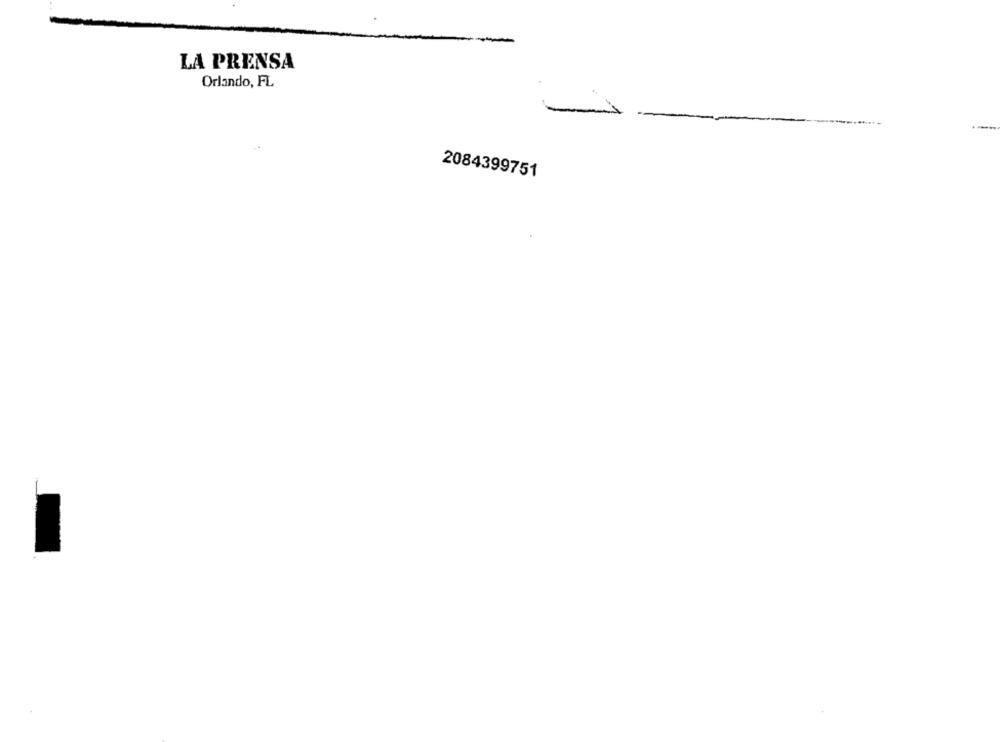
LA PRENSA
Orlando, FL
--
2084399751